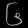
Digit: ၆